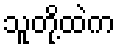
သူတို့ထဲက